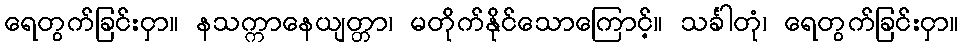
ရေတွက်ခြင်းငှာ။ နသက္ကာနေယျတ္တာ၊ မတိုက်နိုင်သောကြောင့်။ သင်္ခါတုံ၊ ရေတွက်ခြင်းငှာ။